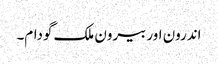
اندرون اور بیرون ملک گودام۔